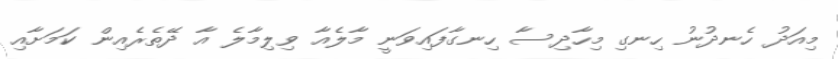
މިއަދު ހެނދުނު ހިނގި މިހާދިސާ ހިނގާފައިވަނީ މާލެއާ ވިލިމާލެ އާ ދޭތެރެއިން ކަމަށާއި